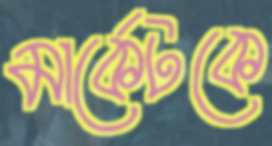
মার্কেটকে